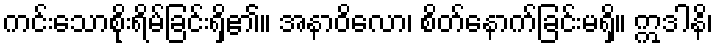
ကင်းသောစိုးရိမ်ခြင်းရှိ၏။ အနာဝိလော၊ စိတ်နောက်ခြင်းမရှိ။ ဣဒါနိ၊